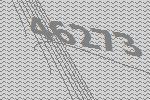
46273